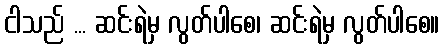
ငါသည် ... ဆင်းရဲမှ လွတ်ပါစေ၊ ဆင်းရဲမှ လွတ်ပါစေ။